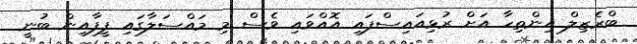
ބްރެޒިލް އިންތިހާ އަށް ރުޅިއައިސްފައި އޮއްވައި ވެސް މި މައްސަލާގައި ފީފާއިން ބުނީ